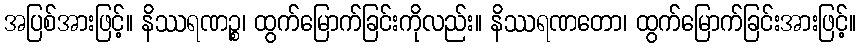
အပြစ်အားဖြင့်။ နိဿရဏဉ္စ၊ ထွက်မြောက်ခြင်းကိုလည်း။ နိဿရဏတော၊ ထွက်မြောက်ခြင်းအားဖြင့်။